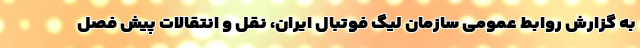
به گزارش روابط عمومی سازمان لیگ فوتبال ایران، نقل و انتقالات پیش فصل